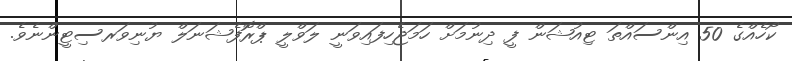
ކޯހެއްގެ 50 އިންސައްތަ ޓިއުޝަން ފީ ދިނުމަށް ހަމަޖެހިފައިވަނީ ލަވްލީ ޕްރޮފެޝަނަލް ޔުނިވަރސިޓީންނެވެ.